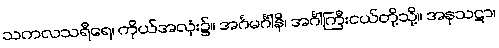
သကလသရီရေ၊ ကိုယ်အလုံး၌။ အင်္ဂမင်္ဂါနိ၊ အင်္ဂါကြီးငယ်တို့သို့။ အနုသဋာ၊